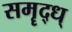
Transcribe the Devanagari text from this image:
समॄद्ध्